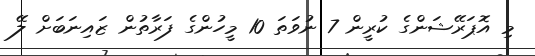
މި އޮޕަރޭޝަންގެ ކުރީން 7 ނުވަތަ 10 މީހުންގެ ފަރާތުން ޒައިނަބަށް ލޭ